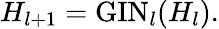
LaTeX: H_{l+1}=\mathrm{GIN}_{l}(H_{l}).